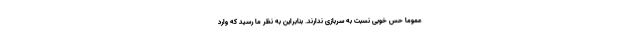
عموماً حس خوبی نسبت به سربازی ندارند. بنابراین به نظر ما رسید که وارد